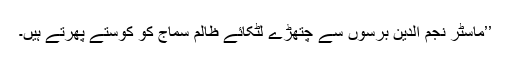
’’ماسٹر نجم الدین برسوں سے چتھڑے لٹکائے ظالم سماج کو کوستے پھرتے ہیں۔